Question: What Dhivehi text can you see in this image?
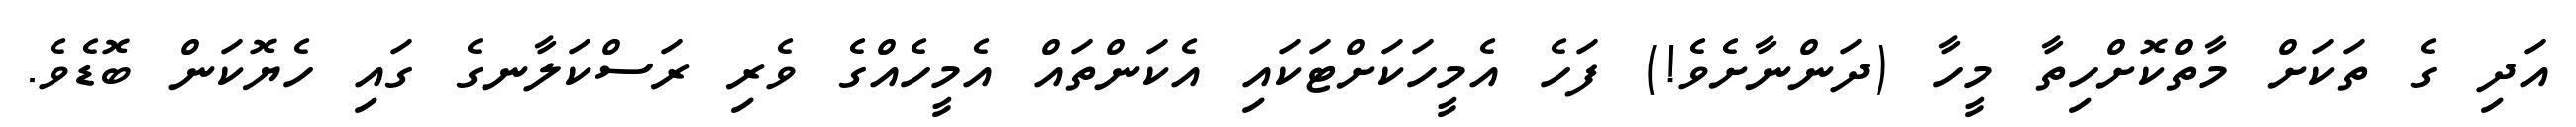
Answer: އަދި ގެ ތަކަށް މާތްކޮށްހިތާ މީހާ (ދަންނާށެވެ!) ފަހެ އެމީހަކަށްޓަކައި އެކަންތައް އެމީހެއްގެ ވެރި ރަސްކަލާނގެ ގައި ހެޔޮކަން ބޮޑެވެ.